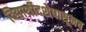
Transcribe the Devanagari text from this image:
विद्यार्थीदशेपासूनच